Annual report of lunatic asylums [Bombay] - 1912-1922
Year: 1912
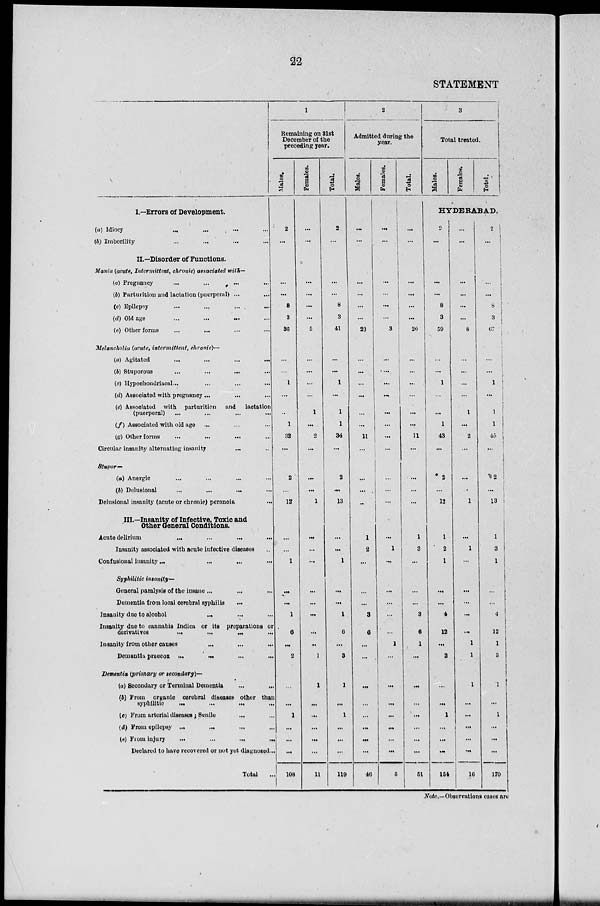
22
STATEMENT
I.—Errors of Development.
(a) Idiocy ... ... ... ...
(b) Imbecility ... ... ... ...
II.—Disorder of Functions.
Mania (acute, Intermittent, chronic) associated with-
(a) Pregnancy ... ... ... ...
(b) Parturition and lactation (puerperal) ... ...
(c) Epilepsy ... ... ... ...
(d) Old age ... ... ... ...
(e) Other forms ... ... ... ...
Melancholia (acute, intermittent, chronic)—
(a) Agitated
...
...
...
...
(b) Stuporous ... ... ... ...
(c) Hypochondriacal ... ... ... ...
(d) Associated with pregnancy ... ... ...
(e) Associated with parturition
and
lactation
(puerperal) ... ... ... ...
(f) Associated with old age ... ... ...
(g) Other forms
...
...
...
...
Circular insanity alternating insanity ... ...
Stupor—
(a) Anergic ... ... ... ...
(b) Delusional
...
...
...
...
Delusional insanity (acute or chronic) peranoia ...
III.—Insanity of Infective, Toxic and
Other General Conditions.
Acute delirium
...
...
...
...
Insanity associated with acute infective diseases ...
Confusional insanity
...
...
...
...
...
Syphilitic insanity—
General paralysis of the insane ... ... ...
Dementia from local cerebral syphilis ...
Insanity due to alcohol
...
...
...
Insanity due to cannabis Indica or its preparations or
derivatives
...
...
...
...
Insanity from other causes ... ... ...
Dementia praecox ... ... ... ...
Dementia (primary or secondary)—
(a) Secondary or Terminal Dementia
...
...
(b) From organic cerebral diseases other than
syphilitic
...
...
...
...
(c) From arterial diseases; Senile ... ...
(d) From epilepsy ... ... ... ...
(e) From injury
...
...
...
...
Declared to have recovered or not yet diagnosed ...
Total
..
1
Remaining on 31st
December of the
preceding year.
Males.
2
...
...
...
8
3
36
...
...
1
...
...
1
32
...
2
...
12
...
...
1
...
...
1
6
...
2
...
...
1
...
...
...
108
Females.
...
...
...
...
...
...
5
...
...
...
...
1
...
2
...
...
...
1
...
...
...
...
...
...
...
...
1
1
...
...
...
...
...
11
Total.
2
...
...
...
8
3
41
...
...
1
...
1
1
34
...
2
...
13
...
...
1
...
...
1
6
...
3
1
...
1
...
...
...
119
2
Admitted during the
year.
Males.
...
...
...
...
...
...
23
...
...
...
...
...
...
11
...
...
...
...
1
2
...
...
...
3
6
...
...
...
...
...
...
...
...
46
Females.
...
...
...
...
...
...
3
...
...
...
...
...
...
...
...
...
...
...
...
1
...
...
...
...
...
1
...
...
...
...
...
...
...
5
Total.
...
...
...
...
...
...
26
...
...
...
...
...
...
11
...
...
...
...
1
3
...
...
...
3
6
1
...
...
...
...
...
...
...
51
3
Total treated.
Males.
Females.
Total.
HYDERABAD.
2
...
...
...
8
3
59
...
...
1
...
...
1
43
...
2
...
12
1
2
1
...
...
4
12
...
2
...
...
1
...
...
...
154
...
...
...
...
...
...
8
...
...
...
...
1
...
2
...
...
...
1
...
1
...
...
...
...
...
1
1
1
...
...
...
...
...
16
2
...
...
...
8
3
67
...
...
1
...
1
1
45
...
2
...
13
1
3
1
...
...
4
12
1
3
1
...
1
...
...
...
170
Note.—Observations cases are